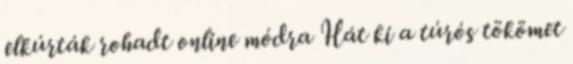
elkúrták rohadt online módra Hát ki a túrós tökömet